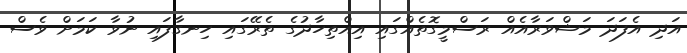
އަދި އެފަދަ މަޝްވަރާއެއް ރަސްމީގޮތެއްގައި އިއްތިހާދުގެ ތެރޭގައި ހިނގާފައި ނުވާ ކަމަށް ވެސް